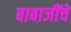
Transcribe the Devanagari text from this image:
बाबाजींचे